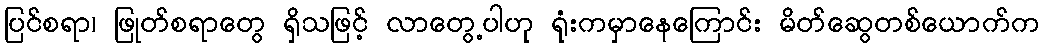
ပြင်စရာ၊ ဖြုတ်စရာတွေ ရှိသဖြင့် လာတွေ့ပါဟု ရုံးကမှာနေကြောင်း မိတ်ဆွေတစ်ယောက်က